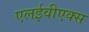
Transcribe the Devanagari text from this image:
एलईवीएक्स